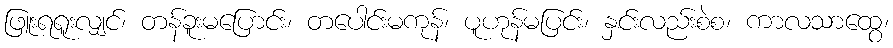
ဖြူးရရူးလျှင်၊ တန်ခူးမပြောင်း၊ တပေါင်းမကုန်၊ ပူဟုန်မပြင်း၊ နှင်းလည်းစဲစ၊ ကာလသာထွေ၊